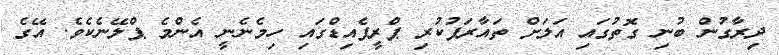
ދިރާގުން ބުނި ގޮތުގައި އަލަށް ތައާރަފުކުރި ޕްރީޕެއިޑްގައި ހިމެނެނީ އެންމެ ޕްލޭނެކެވެ. އޭގެ